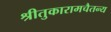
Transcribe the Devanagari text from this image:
श्रीतुकारामचैतन्य